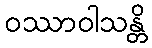
ဝဿာဝါသန္တိ